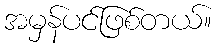
အမှန်ပင်ဖြစ်တယ်။